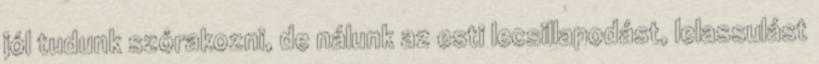
jól tudunk szórakozni, de nálunk az esti lecsillapodást, lelassulást